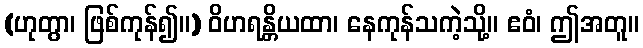
(ဟုတွာ၊ ဖြစ်ကုန်၍။) ဝိဟရန္တိယထာ၊ နေကုန်သကဲ့သို့။ ဧဝံ၊ ဤအတူ။